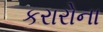
કરારોના